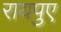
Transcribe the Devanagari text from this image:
रायपुए